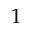
\boldsymbol { 1 }